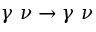
\gamma \, \, \nu \rightarrow \gamma \, \, \nu \, \,